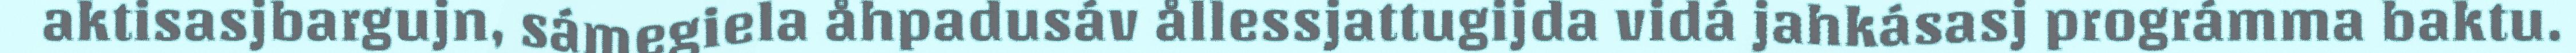
aktisasjbargujn, sámegiela åhpadusáv ållessjattugijda vidá jahkásasj prográmma baktu.